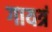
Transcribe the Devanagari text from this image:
गायत्रं